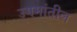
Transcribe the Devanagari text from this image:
उगमांतील